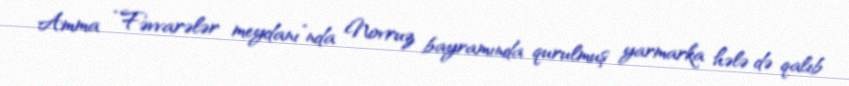
Amma “Fəvvarələr meydanı”nda Novruz bayramında qurulmuş yarmarka hələ də qalıb